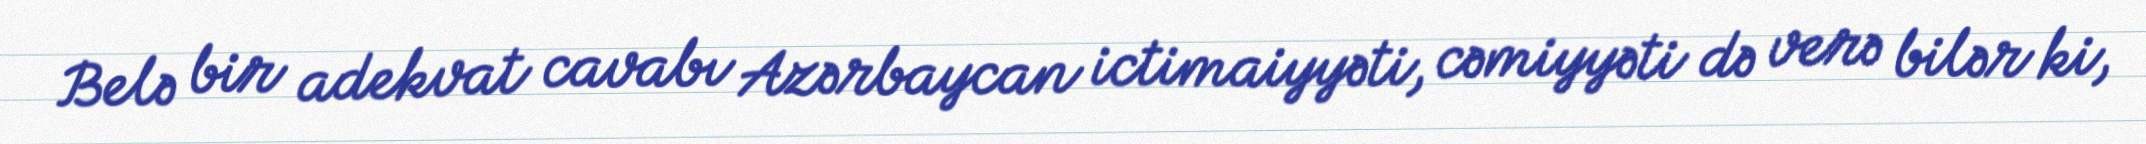
Belə bir adekvat cavabı Azərbaycan ictimaiyyəti, cəmiyyəti də verə bilər ki,